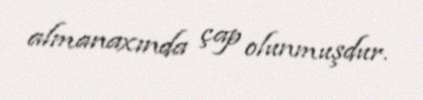
almanaxında çap olunmuşdur.